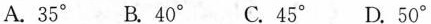
A.35° B.40° C.45° D.50°